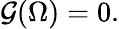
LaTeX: {\mathcal{G}}(\Omega)=0.